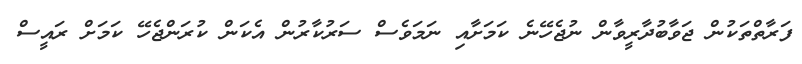
ފަރާތްތަކުން ޖަވާބުދާރީވާން ނުޖެހޭނެ ކަމަށާއި ނަމަވެސް ސަރުކާރުން އެކަން ކުރަންޖެހޭ ކަމަށް ރައީސް